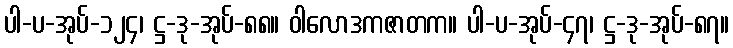
ပါ-ပ-အုပ်-၁၂၄၊ ဋ္ဌ-ဒု-အုပ်-၈၈။ ဝါလောဒကဇာတက။ ပါ-ပ-အုပ်-၄၇၊ ဋ္ဌ-ဒု-အုပ်-၈၇။